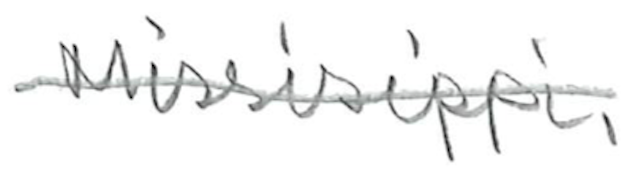
Text: Mississippi,
Cross-out: single-line
Writing tool: pencil